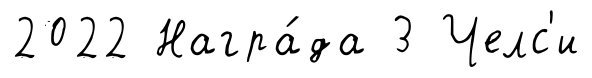
2022 Награ́да 3 Челс'и